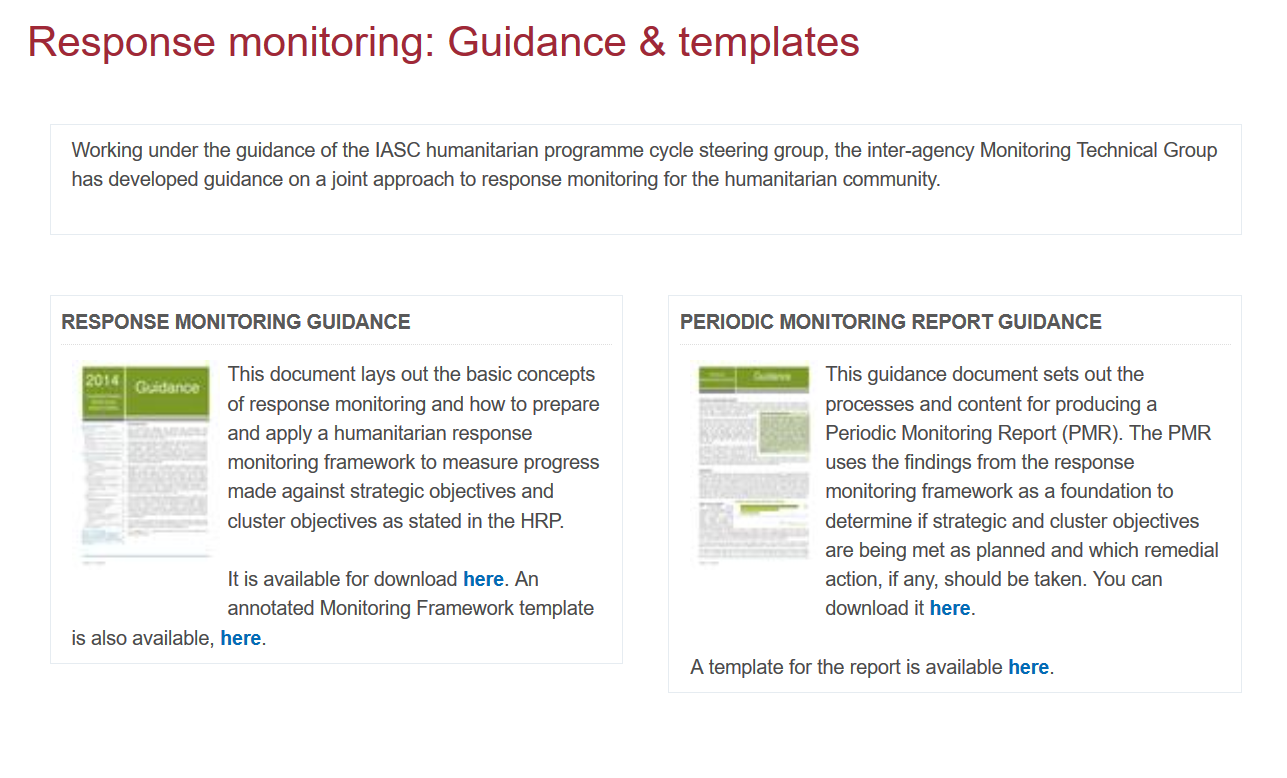
Response    monitoring:    Guidance    &   templates
     Working under the guidance of the IASC humanitarian programme cycle steering group, the inter-agency Monitoring Technical Group
     has developed guidance on a joint approach to response monitoring for the humanitarian community.
     This document lays out the basic concepts
     of response monitoring and how to prepare
     and apply a humanitarian response
     monitoring framework to measure progress
     made against strategic objectives and
     cluster objectives as stated in the HRP.
     A template for the report is available here.
     It is available for download here. An
     annotated Monitoring Framework template
     is also available, here.
     This guidance document sets out the
     processes and content for producing a
     Periodic Monitoring Report (PMR). The PMR
     uses the findings from the response
     monitoring framework as a foundation to
     determine if strategic and cluster objectives
     are being met as planned and which remedial
     action, if any, should be taken. You can
     download it here.
     PERIODIC  MONITORING   REPORT  GUIDANCE RESPONSE MONITORING GUIDANCE